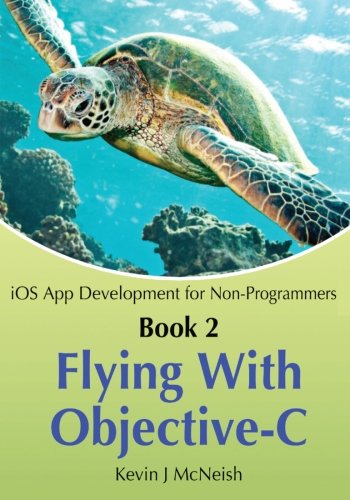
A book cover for Book 2: Flying With Objective-C - iOS App Development for Non-Programmers: The Series on How to Create iPhone & iPad Apps; Kevin J McNeish; Computers & Technology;